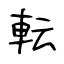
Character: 転